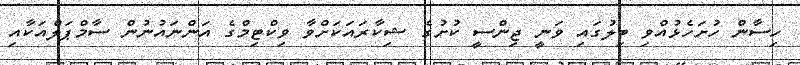
ހިސާން ހުށަހެޅުއްވި ބިލުގައި ވަނީ ޖިންސީ ކުށުގެ ޝިކާރައަކަށްވާ ވިކްޓިމްގެ އަންނައުނުން ސާމްޕަލްއަކާއި